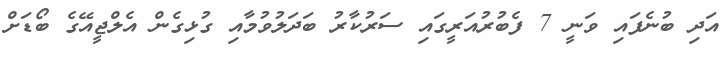
އަދި ބުނެފައި ވަނީ 7 ފެބުރުއަރީގައި ސަރުކާރު ބަދަލުވުމާއި ގުޅިގެން އެލްޖީއޭގެ ބޯޑަށް